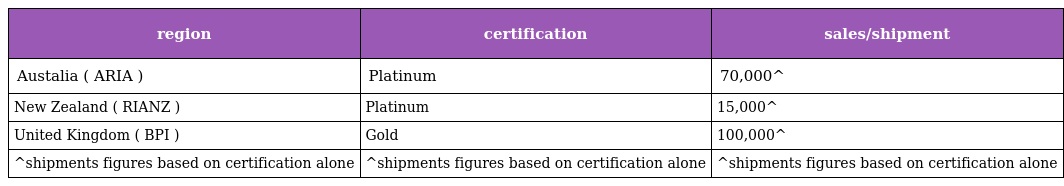
| region | certification | sales/shipment |
 | --- | --- | --- |
 | Austalia ( ARIA ) | Platinum | 70,000^ |
 | New Zealand ( RIANZ ) | Platinum | 15,000^ |
 | United Kingdom ( BPI ) | Gold | 100,000^ |
 | ^shipments figures based on certification alone | ^shipments figures based on certification alone | ^shipments figures based on certification alone |